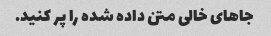
جاهای خالی متن داده شده را پر کنید.